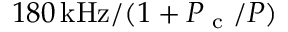
1 8 0 \, \mathrm { k H z } / ( 1 + P _ { \textrm { c } } / P )